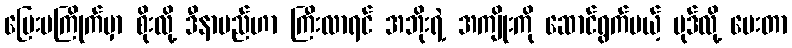
မြေးမကြိုက်မှာ စိုးလို့ ဒီနာမည်ဟာ ကြီးလာရင် အဘိုးရဲ့ အကျိုးကို ဆောင်ရွက်မယ့် ဗုဒ်လို့ ပေးတာ